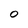
Character: O